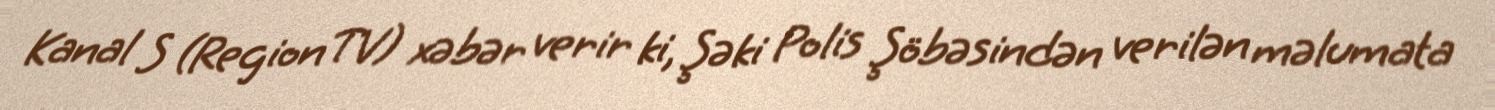
Kanal S (Region TV) xəbər verir ki, Şəki Polis Şöbəsindən verilən məlumata